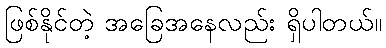
ဖြစ်နိုင်တဲ့ အခြေအနေလည်း ရှိပါတယ်။